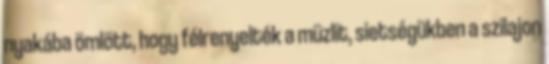
nyakába ömlött, hogy félrenyelték a müzlit, sietségükben a szilajon